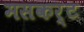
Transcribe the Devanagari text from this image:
मसकर्ट